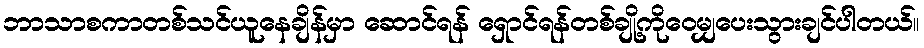
ဘာသာစကာတစ်သင်ယူနေချိန်မှာ ဆောင်ရန် ရှောင်ရန်တစ်ချို့ကိုဝေမျှပေးသွားချင်ပါတယ်။